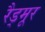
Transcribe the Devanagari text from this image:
रैड्मूर